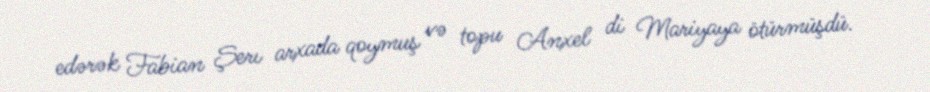
edərək Fabian Şerı arxada qoymuş və topu Anxel di Mariyaya ötürmüşdü.